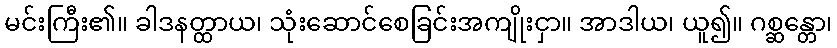
မင်းကြီး၏။ ခါဒနတ္ထာယ၊ သုံးဆောင်စေခြင်းအကျိုးငှာ။ အာဒါယ၊ ယူ၍။ ဂစ္ဆန္တော၊